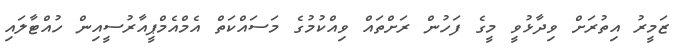
ޒަމީރު އިތުރަށް ވިދާޅުވީ މީގެ ފަހުން ރަށްތައް ވިއްކުމުގެ މަސައްކަތް އެމްއެމްޕީއާރުސީއިން ހުއްޓާލައި